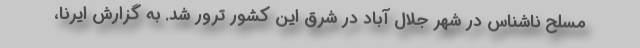
مسلح ناشناس در شهر جلال آباد در شرق این کشور ترور شد. به گزارش ایرنا،